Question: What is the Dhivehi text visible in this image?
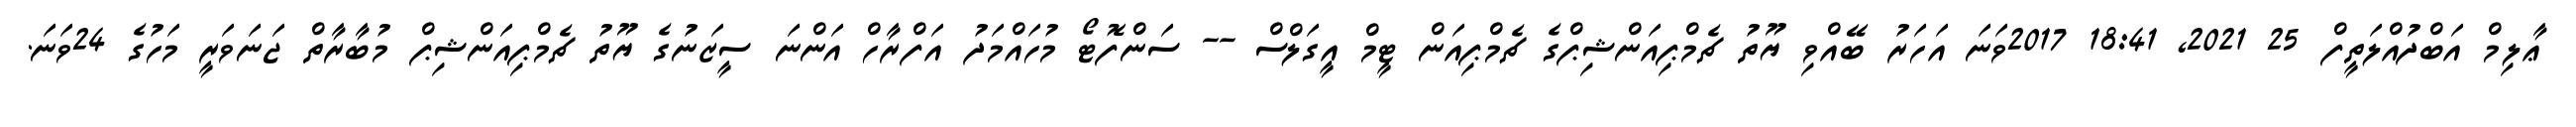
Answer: ޢާލިމް އަބްދުއްލަތީފް 25 2021, 18:41 2017ވަނަ އަހަރު ބޭއްވި ޔޫތު ޗެމްޕިއަންޝިޕްގެ ޗެމްޕިއަން ޓީމް އީގަލްސް -- ސަންފޮޓޯ މުހައްމަދު އަފްރާހް އަންނަ ސީޒަނުގެ ޔޫތު ޗެމްޕިއަންޝިޕް މުބާރާތް ޖަނަވަރީ މަހުގެ 24ވަނަ.